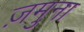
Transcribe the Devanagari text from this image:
ज़मुना